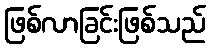
ဖြစ်လာခြင်းဖြစ်သည်